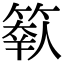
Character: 𥲩